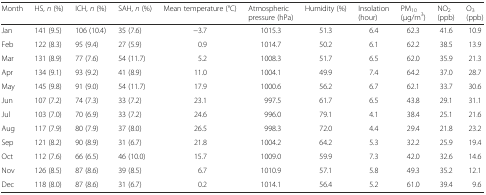
<table><thead><tr><td><b>Month</b></td><td><b>HS, <i>n</i> (%)</b></td><td><b>ICH, <i>n</i> (%)</b></td><td><b>SAH, <i>n</i> (%)</b></td><td><b>Mean temperature (°C)</b></td><td><b>Atmospheric pressure (hPa)</b></td><td><b>Humidity (%)</b></td><td><b>Insolation (hour)</b></td><td><b>PM<sub>10</sub>(μg/m<sup>3</sup>)</b></td><td><b>NO<sub>2</sub>(ppb)</b></td><td><b>O<sub>3</sub>(ppb)</b></td></tr></thead><tbody><tr><td>Jan</td><td>141 (9.5)</td><td>106 (10.4)</td><td>35 (7.6)</td><td>−3.7</td><td>1015.3</td><td>51.3</td><td>6.4</td><td>62.3</td><td>41.6</td><td>10.9</td></tr><tr><td>Feb</td><td>122 (8.3)</td><td>95 (9.4)</td><td>27 (5.9)</td><td>0.9</td><td>1014.7</td><td>50.2</td><td>6.1</td><td>62.2</td><td>38.5</td><td>13.9</td></tr><tr><td>Mar</td><td>131 (8.9)</td><td>77 (7.6)</td><td>54 (11.7)</td><td>5.2</td><td>1008.3</td><td>51.7</td><td>6.5</td><td>62.0</td><td>35.9</td><td>21.3</td></tr><tr><td>Apr</td><td>134 (9.1)</td><td>93 (9.2)</td><td>41 (8.9)</td><td>11.0</td><td>1004.1</td><td>49.9</td><td>7.4</td><td>64.2</td><td>37.0</td><td>28.7</td></tr><tr><td>May</td><td>145 (9.8)</td><td>91 (9.0)</td><td>54 (11.7)</td><td>17.9</td><td>1000.6</td><td>56.2</td><td>6.7</td><td>62.1</td><td>33.7</td><td>30.6</td></tr><tr><td>Jun</td><td>107 (7.2)</td><td>74 (7.3)</td><td>33 (7.2)</td><td>23.1</td><td>997.5</td><td>61.7</td><td>6.5</td><td>43.8</td><td>29.1</td><td>31.1</td></tr><tr><td>Jul</td><td>103 (7.0)</td><td>70 (6.9)</td><td>33 (7.2)</td><td>24.6</td><td>996.0</td><td>79.1</td><td>4.1</td><td>38.4</td><td>25.1</td><td>21.6</td></tr><tr><td>Aug</td><td>117 (7.9)</td><td>80 (7.9)</td><td>37 (8.0)</td><td>26.5</td><td>998.3</td><td>72.0</td><td>4.4</td><td>29.4</td><td>21.8</td><td>23.2</td></tr><tr><td>Sep</td><td>121 (8.2)</td><td>90 (8.9)</td><td>31 (6.7)</td><td>21.8</td><td>1004.2</td><td>64.2</td><td>5.3</td><td>32.2</td><td>25.9</td><td>19.4</td></tr><tr><td>Oct</td><td>112 (7.6)</td><td>66 (6.5)</td><td>46 (10.0)</td><td>15.7</td><td>1009.0</td><td>59.9</td><td>7.3</td><td>42.0</td><td>32.6</td><td>14.6</td></tr><tr><td>Nov</td><td>126 (8.5)</td><td>87 (8.6)</td><td>39 (8.5)</td><td>6.7</td><td>1010.9</td><td>57.1</td><td>5.8</td><td>49.3</td><td>35.2</td><td>12.1</td></tr><tr><td>Dec</td><td>118 (8.0)</td><td>87 (8.6)</td><td>31 (6.7)</td><td>0.2</td><td>1014.1</td><td>56.4</td><td>5.2</td><td>61.0</td><td>39.4</td><td>9.6</td></tr></tbody></table>